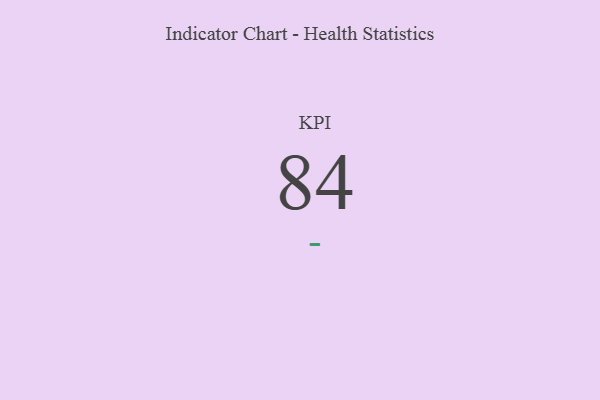
{"axis": {"x": "KPI", "y": "Value"}, "legend": [""], "data": [{"x": "KPI", "y": 84, "type": ""}]}